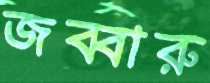
জব্বারু